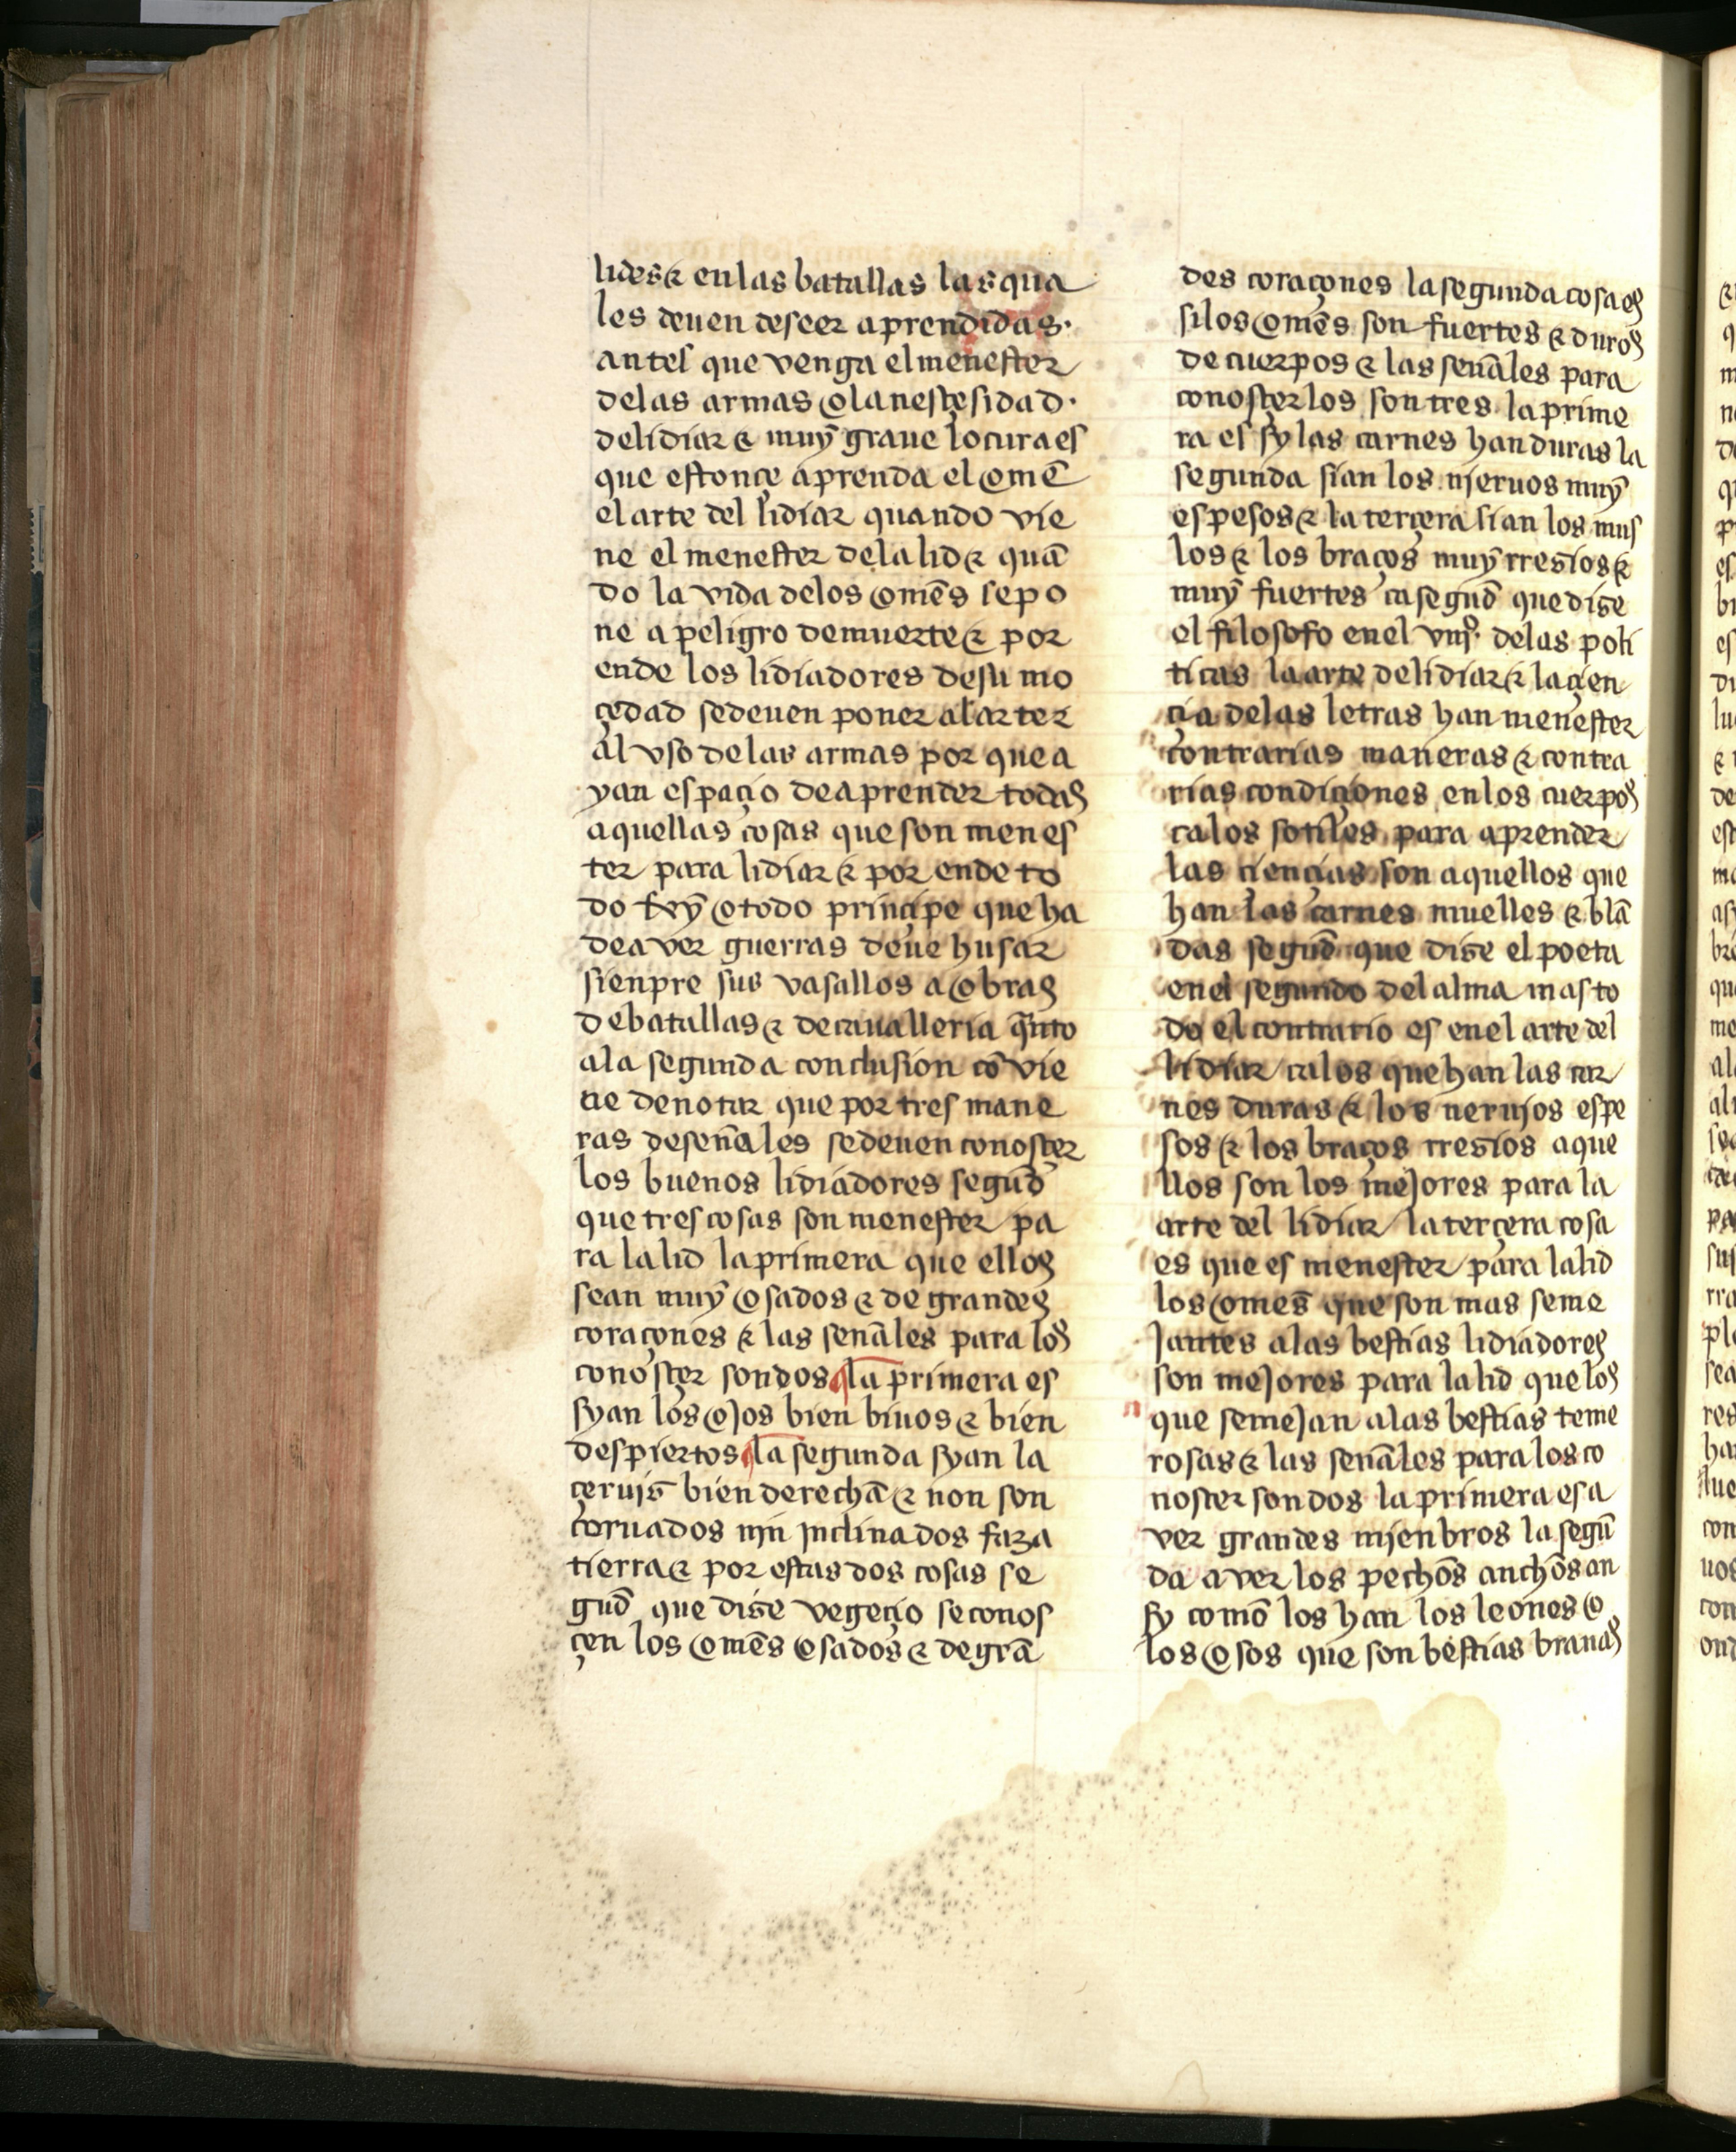
Shelfmark: Salamanca, Biblioteca Histórica USAL, 2709
Century: 15